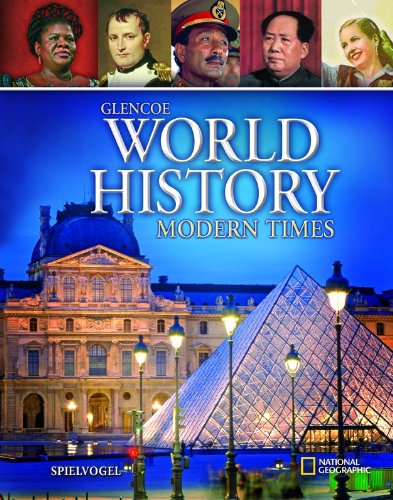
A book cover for Glencoe World History: Modern Times, Student Edition (HUMAN EXPERIENCE - MODERN ERA); McGraw-Hill Education; Teen & Young Adult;